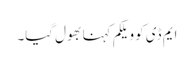
ایم ڈی کو ویلکم کہنا بھول گیا۔